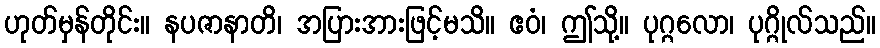
ဟုတ်မှန်တိုင်း။ နပဇာနာတိ၊ အပြားအားဖြင့်မသိ။ ဧဝံ၊ ဤသို့။ ပုဂ္ဂလော၊ ပုဂ္ဂိုလ်သည်။